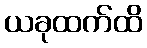
ယခုထက်ထိ